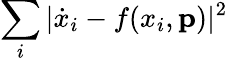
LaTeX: \sum_{i}|\dot{x}_{i}-f(x_{i},\mathbf{p})|^{2}